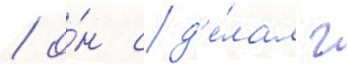
/ о́н сд'е́лал г